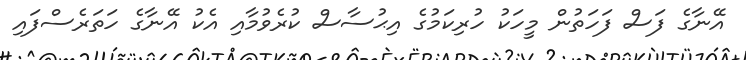
އޭނާގެ ފަސް ފަހަތުން މީހަކު ހުރިކަމުގެ އިޙުސާސް ކުރެވުމާއި އެކު އޭނާގެ ހަތަރެސްފައި